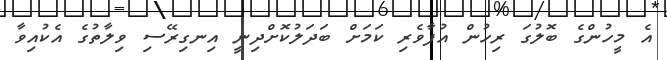
އެ މީހުންގެ ބޮލުގަ ރިހުން އުފާވެރި ކަމަށް ބަދަލުކޮށްދިނީ އިނގިރޭސި ވިލާތުގެ އެކުއިވާ